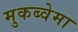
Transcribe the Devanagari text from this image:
मुकब्वेमा